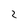
Character: 2